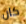
كان